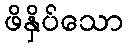
ဖိနှိပ်သော